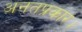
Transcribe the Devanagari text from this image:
अनतप्रकार।